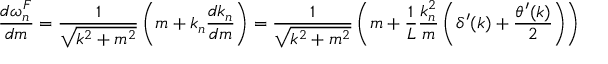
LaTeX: { \frac { d \omega _ { n } ^ { F } } { d m } } = { \frac { 1 } { \sqrt { k ^ { 2 } + m ^ { 2 } } } } \left( m + k _ { n } { \frac { d k _ { n } } { d m } } \right) = { \frac { 1 } { \sqrt { k ^ { 2 } + m ^ { 2 } } } } \left( m + { \frac { 1 } { L } } { \frac { k _ { n } ^ { 2 } } { m } } \left( \delta ^ { \prime } ( k ) + { \frac { \theta ^ { \prime } ( k ) } { 2 } } \right) \right)